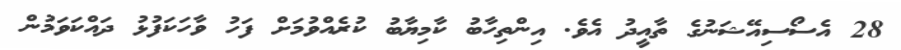
28 އެސޯސިއޭޝަނުގެ ތާއީދު އެވެ. އިންތިހާބު ކާމިޔާބު ކުރެއްވުމަށް ފަހު ވާހަކަފުޅު ދައްކަވަމުން